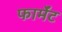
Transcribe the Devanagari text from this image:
फार्मेंट